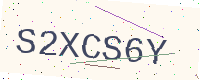
Text: S2XCS6Y